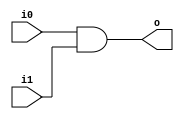
module and2 (input wire i0, i1, output wire o);
  assign o = i0 & i1;
endmodule

module or2 (input wire i0, i1, output wire o);
  assign o = i0 | i1;
endmodule

module and3 (input wire i0, i1, i2, output wire o);
   wire t;
   and2 and2_0 (i0, i1, t);
   and2 and2_1 (i2, t, o);
endmodule

module or3 (input wire i0, i1, i2, output wire o);
   wire t;
   or2 or2_0 (i0, i1, t);
   or2 or2_1 (i2, t, o);
endmodule